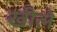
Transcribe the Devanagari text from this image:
खीलें